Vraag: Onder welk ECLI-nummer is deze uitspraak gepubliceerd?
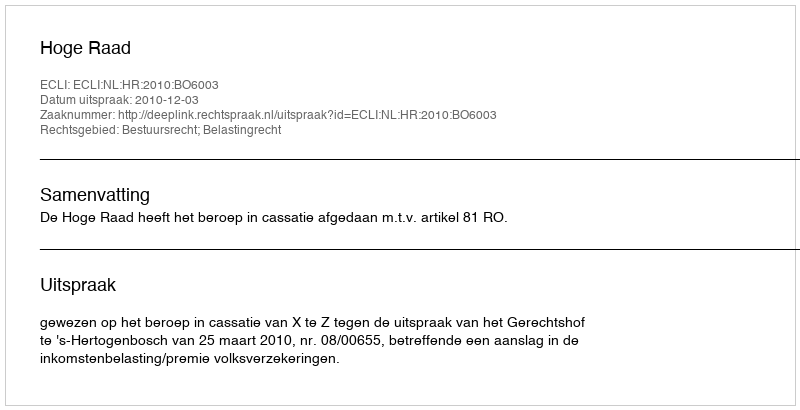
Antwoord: ECLI:NL:HR:2010:BO6003